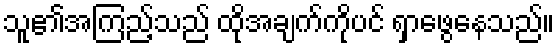
သူ၏အကြည့်သည် ထိုအချက်ကိုပင် ရှာဖွေနေသည်။